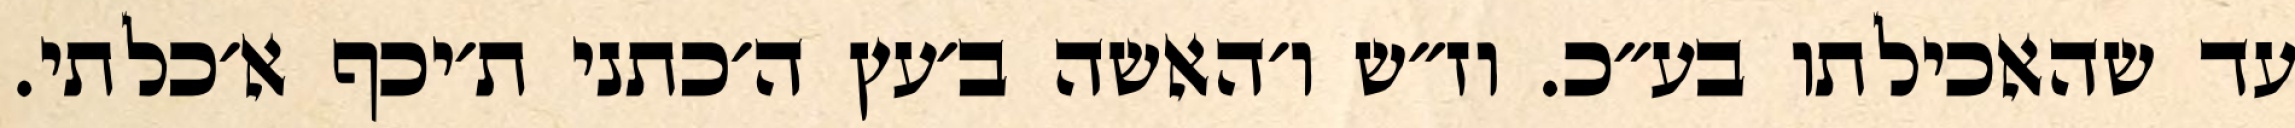
עד שהאכילתו בע״כ. וז״ש ו׳האשה ב׳עץ ה׳כתני ת׳יכף א׳כלתי.